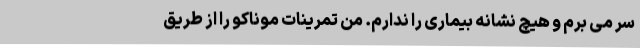
سر می برم و هیچ نشانه بیماری را ندارم. من تمرینات موناکو را از طریق